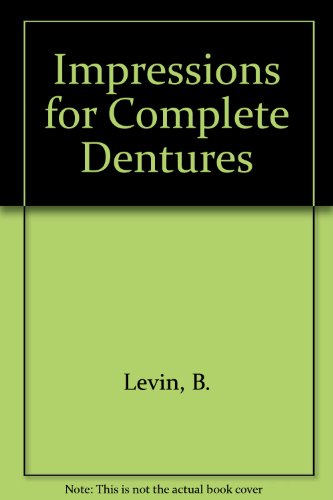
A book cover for Impressions for Complete Dentures; Bernard Levin; Medical Books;